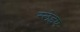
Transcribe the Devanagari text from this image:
स्लेइघ